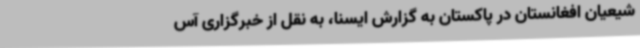
شیعیان افغانستان در پاکستان به گزارش ایسنا، به نقل از خبرگزاری آس